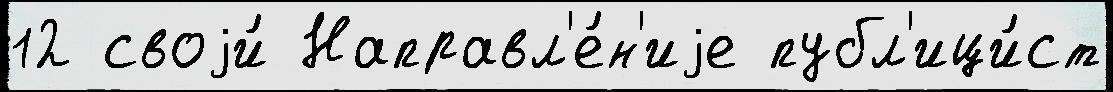
12 своjи́ Направл'е́н'иjе публ'ици́ст